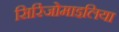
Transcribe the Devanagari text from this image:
सिरिंजोमाइलिया